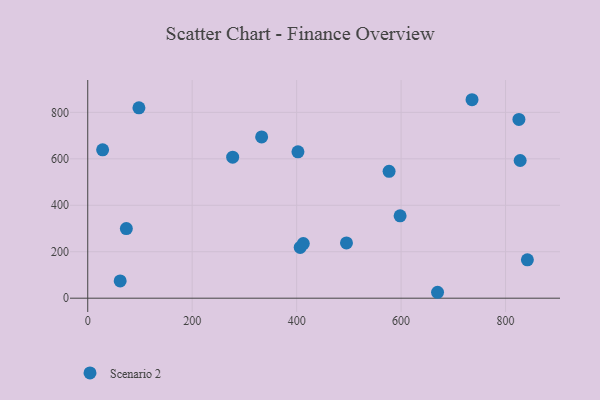
{"axis": {"x": "Distance", "y": "Fuel Efficiency"}, "legend": ["Scenario 2"], "data": [{"x": "577.0", "y": 546.0, "type": "Scenario 2"}, {"x": "28.5", "y": 638.6, "type": "Scenario 2"}, {"x": "73.9", "y": 299.7, "type": "Scenario 2"}, {"x": "735.8", "y": 854.4, "type": "Scenario 2"}, {"x": "406.8", "y": 218.5, "type": "Scenario 2"}, {"x": "495.4", "y": 238.1, "type": "Scenario 2"}, {"x": "402.5", "y": 630.0, "type": "Scenario 2"}, {"x": "841.8", "y": 165.1, "type": "Scenario 2"}, {"x": "669.8", "y": 25.5, "type": "Scenario 2"}, {"x": "412.7", "y": 235.3, "type": "Scenario 2"}, {"x": "825.6", "y": 769.8, "type": "Scenario 2"}, {"x": "277.5", "y": 606.9, "type": "Scenario 2"}, {"x": "98.0", "y": 819.7, "type": "Scenario 2"}, {"x": "62.1", "y": 74.4, "type": "Scenario 2"}, {"x": "598.1", "y": 354.5, "type": "Scenario 2"}, {"x": "828.0", "y": 592.7, "type": "Scenario 2"}, {"x": "333.0", "y": 694.2, "type": "Scenario 2"}]}